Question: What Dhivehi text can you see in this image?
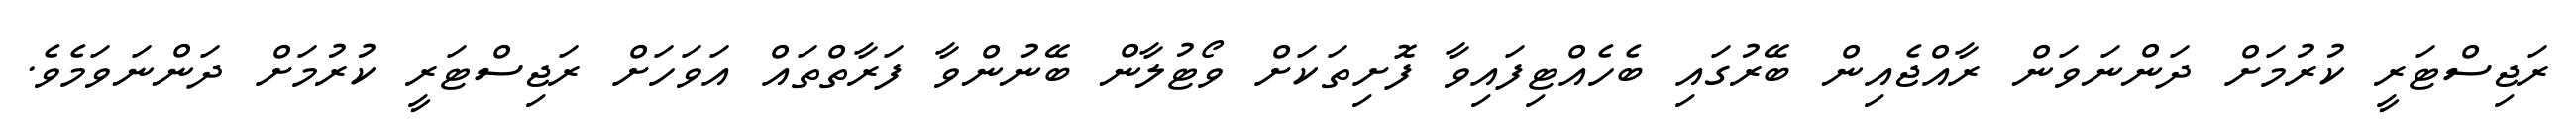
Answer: ރަޖިސްޓަރީ ކުރުމަށް ދަންނަވަން ރާއްޖެއިން ބޭރުގައި ބެހެއްޓިފައިވާ ފޮށިތަކަށް ވޯޓުލާން ބޭނުންވާ ފަރާތްތައް އަވަހަށް ރަޖިސްޓަރީ ކުރުމަށް ދަންނަވަމެވެ.